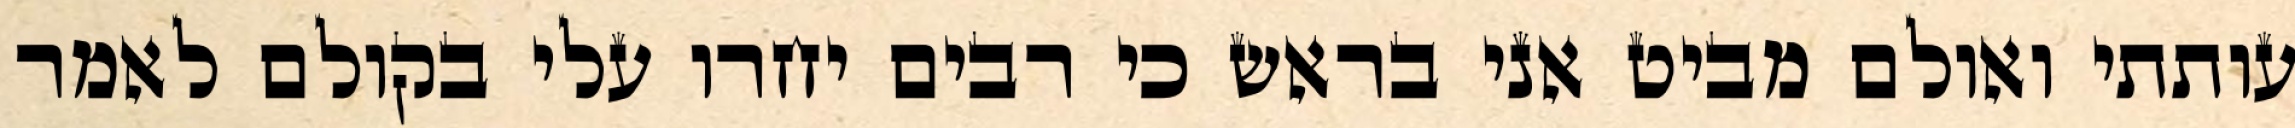
עותתי ואולם מביט אני בראש כי רבים יחרו עלי בקולם לאמר